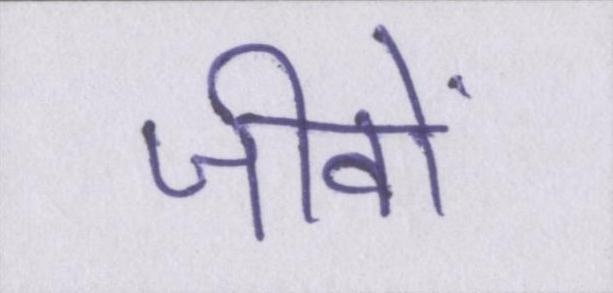
जीवों